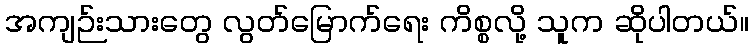
အကျဉ်းသားတွေ လွတ်မြောက်ရေး ကိစ္စလို့ သူက ဆိုပါတယ်။